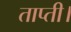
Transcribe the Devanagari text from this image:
ताप्ती।